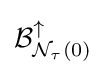
{\mathcal {B}}_{{\mathcal {N}}_{\tau }(0)}^{\uparrow }